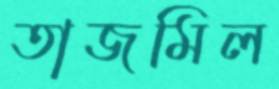
তাজমিল